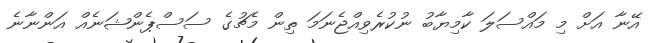
އޭނާ އަށް މި މައްސަލަ ކާމިޔާބު ނުކުރެވިއްޖެނަމަ ތިން މެޗުގެ ސަސްޕެންޝަނެއް އަންނާނެ